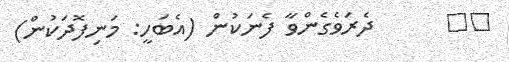
٢٠      ދެރަވެގެންވާ ފެނަކުން (އެބަހީ: މަނިފޮދަކުން)